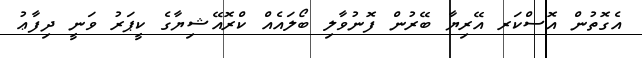
އެގޮތުން އޮސްކަރ އޭރިޔާ ބޭރުން ފޮނުވާލި ބޯލައެއް ކްރޮއޭޝިޔާގެ ކީޕަރު ވަނީ ދިފާޢު